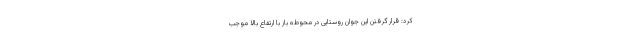
کرد: قرار گرفتن این جوان روستایی در محوطه باز با ارتفاع بالا موجب